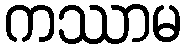
ကဿာမ